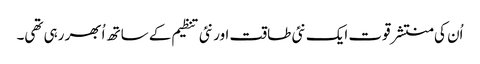
اُن کی منتشر قوت ایک نئی طاقت اور نئی تنظیم کے ساتھ اُبھر رہی تھی۔